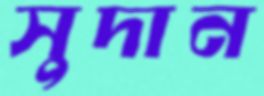
সুদান